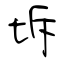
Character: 坼